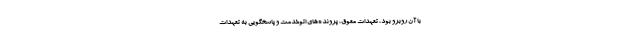
با آن روبرو بود، تعهدات معوق، پرونده‌هاي اتوخدمت و پاسخگويي به تعهدات